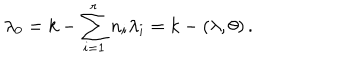
LaTeX: \lambda _ { 0 } = k - \sum _ { i = 1 } ^ { r } n _ { i } \lambda _ { i } = k - ( \lambda , \theta ) \, .